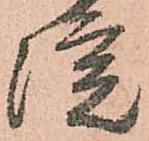
院